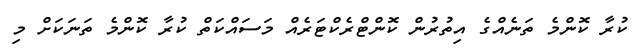
ކުރާ ކޮންމެ ތަނެއްގެ އިތުރުން ކޮންޓްރެކްޓަރެއް މަސައްކަތް ކުރާ ކޮންމެ ތަނަކަށް މި